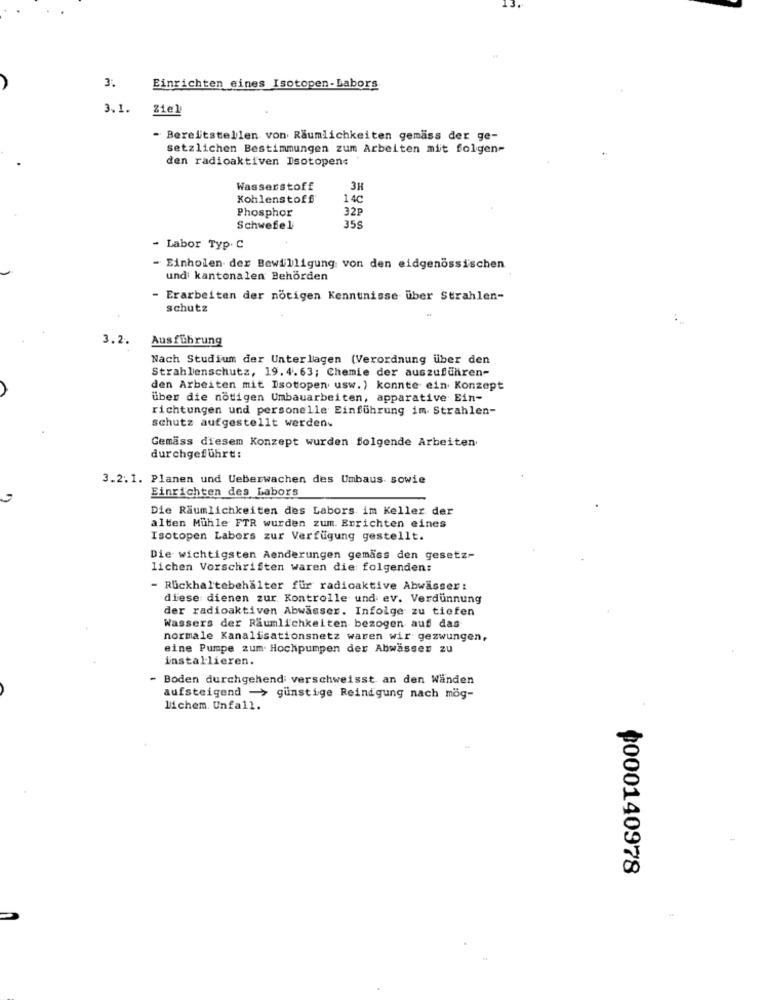
3.
Einrichten eines Isotopen-Labors
3.1.
Ziel
Bereitstellen von Räumlichkeiten gemäss der ge-
setzlichen Bestimmungen zum Arbeiten mit folgen-
den radioaktiven Isotopens
Wasserstoff
3H
Kohlenstoff
14C
Phosphor
32p
35s
Schwefel
Labor Typ. C
Einholen der Bewilligung: von den eidgenössischen
und kantonalen Behörden
- Erarbeiten der nötigen Kenntnisse über Strahlen-
schutz
3.2.
Ausführung
Nach Studium der Unterlagen (Verordnung über den
Strahlenschutz, 19. 4.63; Chemie der auszuführen-
den Arbeiten mit Isotopen usw.) konnte ein Konzept
über die nötigen Umbauarbeiten, apparative Ein-
richtungen und personelle Einführung im- Strahlen-
schutz aufgestellt werden-
Gemäss diesem Konzept wurden folgende Arbeiten
durchgeführt:
3.2.1. Planen und Ueberwachen des Umbaus sowie
Einrichten des Labors
Die Räumlichkeiten des Labors im Keller der
alten Mühle FTR wurden zum. Errichten eines
Isotopen Labors zur Verfügung gestellt.
Die wichtigsten Aenderungen gemäss den gesetz-
lichen Vorschriften waren die folgenden:
- Rückhaltebehälter für radioaktive Abwässer:
diese dienen zur Kontrolle und ev. Verdünnung
der radioaktiven Abwasser. Infolge zu tiefen
Wassers der Räumlichkeiten bezogen auf das
normale Kanalisationsnetz waren wir gezwungen,
eine Pumpe zum Hochpumpen der Abwasser zu
installieren.
- Boden durchgehend: verschweisst an den Wänden
aufsteigend -> günstige Reinigung nach mog-
lichem. Unfall.
₱000140978